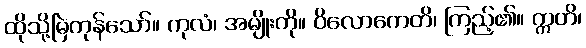
ထိုသို့မြဲကုန်သော်။ ကုလံ၊ အမျိုးကို။ ဝိလောကေတိ၊ ကြည့်၏။ ဣတိ၊